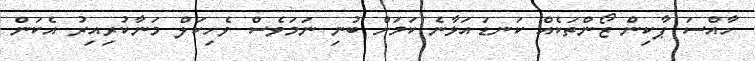
ހާއްސަ ޕާކިން ޒޯންތަކެއް ކަނޑައަޅާނެ ކަމަށް ބުނި ނަމަވެސް ވެހިކަލް މަނާކުރިިއިރު އެކަން